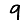
Digit: 9